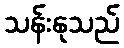
သန်းနုသည်